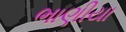
ભાણીયા